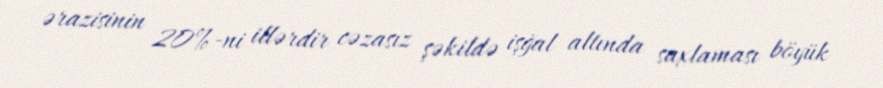
ərazisinin 20%-ni illərdir cəzasız şəkildə işğal altında saxlaması böyük